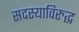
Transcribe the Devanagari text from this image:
सदस्याविरुद्ध